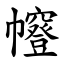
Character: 㡧